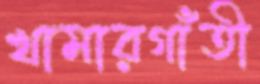
খামারগাঁতী